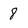
Character: 8